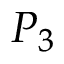
P _ { 3 }